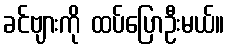
ခင်ဗျားကို ထပ်ပြောဦးမယ်။